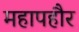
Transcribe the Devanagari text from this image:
महापहौर